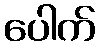
ပေါက်